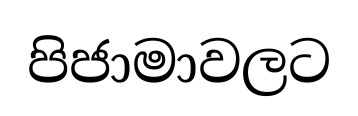
පිජාමාවලට